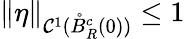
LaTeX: \| \eta\| _{\mathcal{C}^{1}(\mathring{B}_{R}^{c}(0))}\le1